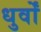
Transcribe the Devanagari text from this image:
धुर्वों